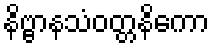
နိဗ္ဗာနသံဝတ္တနိကော